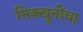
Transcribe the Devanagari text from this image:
भिक्खूनींचा